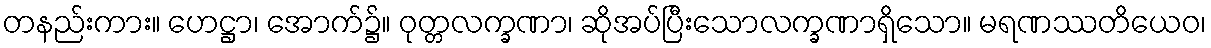
တနည်းကား။ ဟေဋ္ဌာ၊ အောက်၌။ ဝုတ္တလက္ခဏာ၊ ဆိုအပ်ပြီးသောလက္ခဏာရှိသော။ မရဏဿတိယေဝ၊